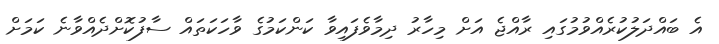
އެ ބައްދަލުކުރެއްވުމުގައި ރާއްޖެ އަށް މިހާރު ދިމާވެފައިވާ ކަންކަމުގެ ވާހަކަތައް ސާފުކޮށްދެއްވާނެ ކަމަށް